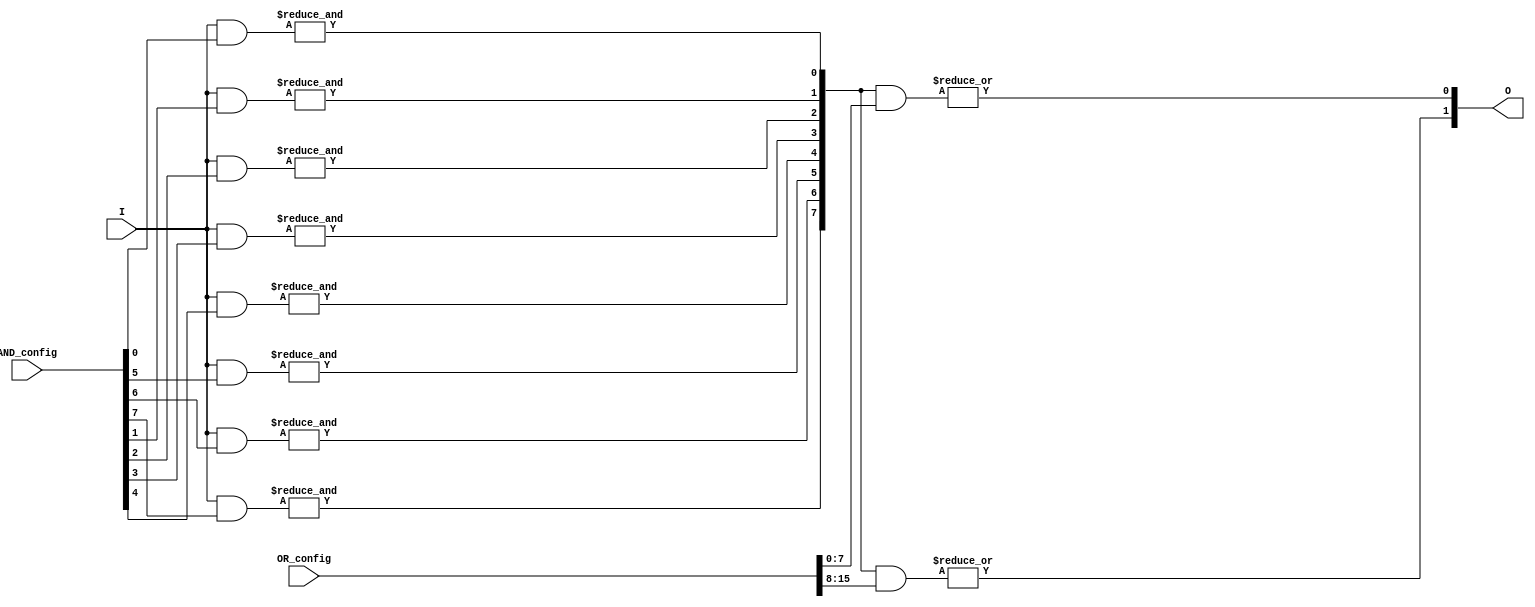
module GAL (
    input  wire [N-1:0] I,    // Input signals (I1, I2, ..., In)
    output wire [M-1:0] O,    // Output signals (O1, O2, ..., Om)
    input  wire [P-1:0] AND_config, // Configuration for AND array
    input  wire [M*P-1:0] OR_config   // Configuration for OR array
);
    parameter N = 4;  // Number of inputs
    parameter M = 2;  // Number of outputs
    parameter P = 8;  // Number of product terms

    // Internal wires for product terms
    wire [P-1:0] product_terms;

    // Generate product terms based on AND configuration
    genvar i, j;
    generate
        for (i = 0; i < P; i = i + 1) begin : and_array
            wire [N-1:0] and_inputs;
            assign and_inputs = {I[N-1:0] & AND_config[i]} ; // AND logic based on configuration
            assign product_terms[i] = &and_inputs; // AND all inputs for the term
        end
    endgenerate

    // Generate outputs based on OR configuration
    generate
        for (j = 0; j < M; j = j + 1) begin : or_array
            wire [P-1:0] or_inputs;
            assign or_inputs = OR_config[j*P +: P]; // Extract relevant bits for the output
            assign O[j] = |(product_terms & or_inputs); // OR logic for the output
        end
    endgenerate
endmodule